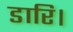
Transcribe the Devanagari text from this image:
डारि।